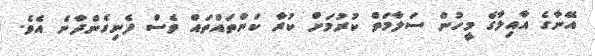
އޭނާގެ އާއިލާގެ މީހުން ސަލާމަތް ކުރުމަށް ކުރާ ކަންތައްތައް ވެސް ފެނިގެންދާނެ އެވެ.